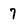
Character: 7